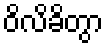
ဝိလိခိတွာ